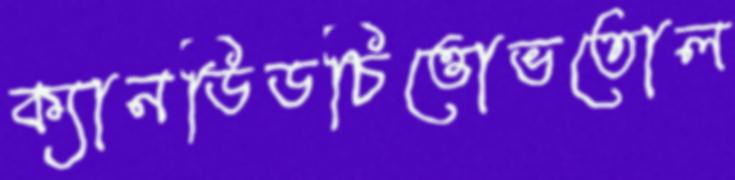
ক্যানডিডচিত্তােভতোল